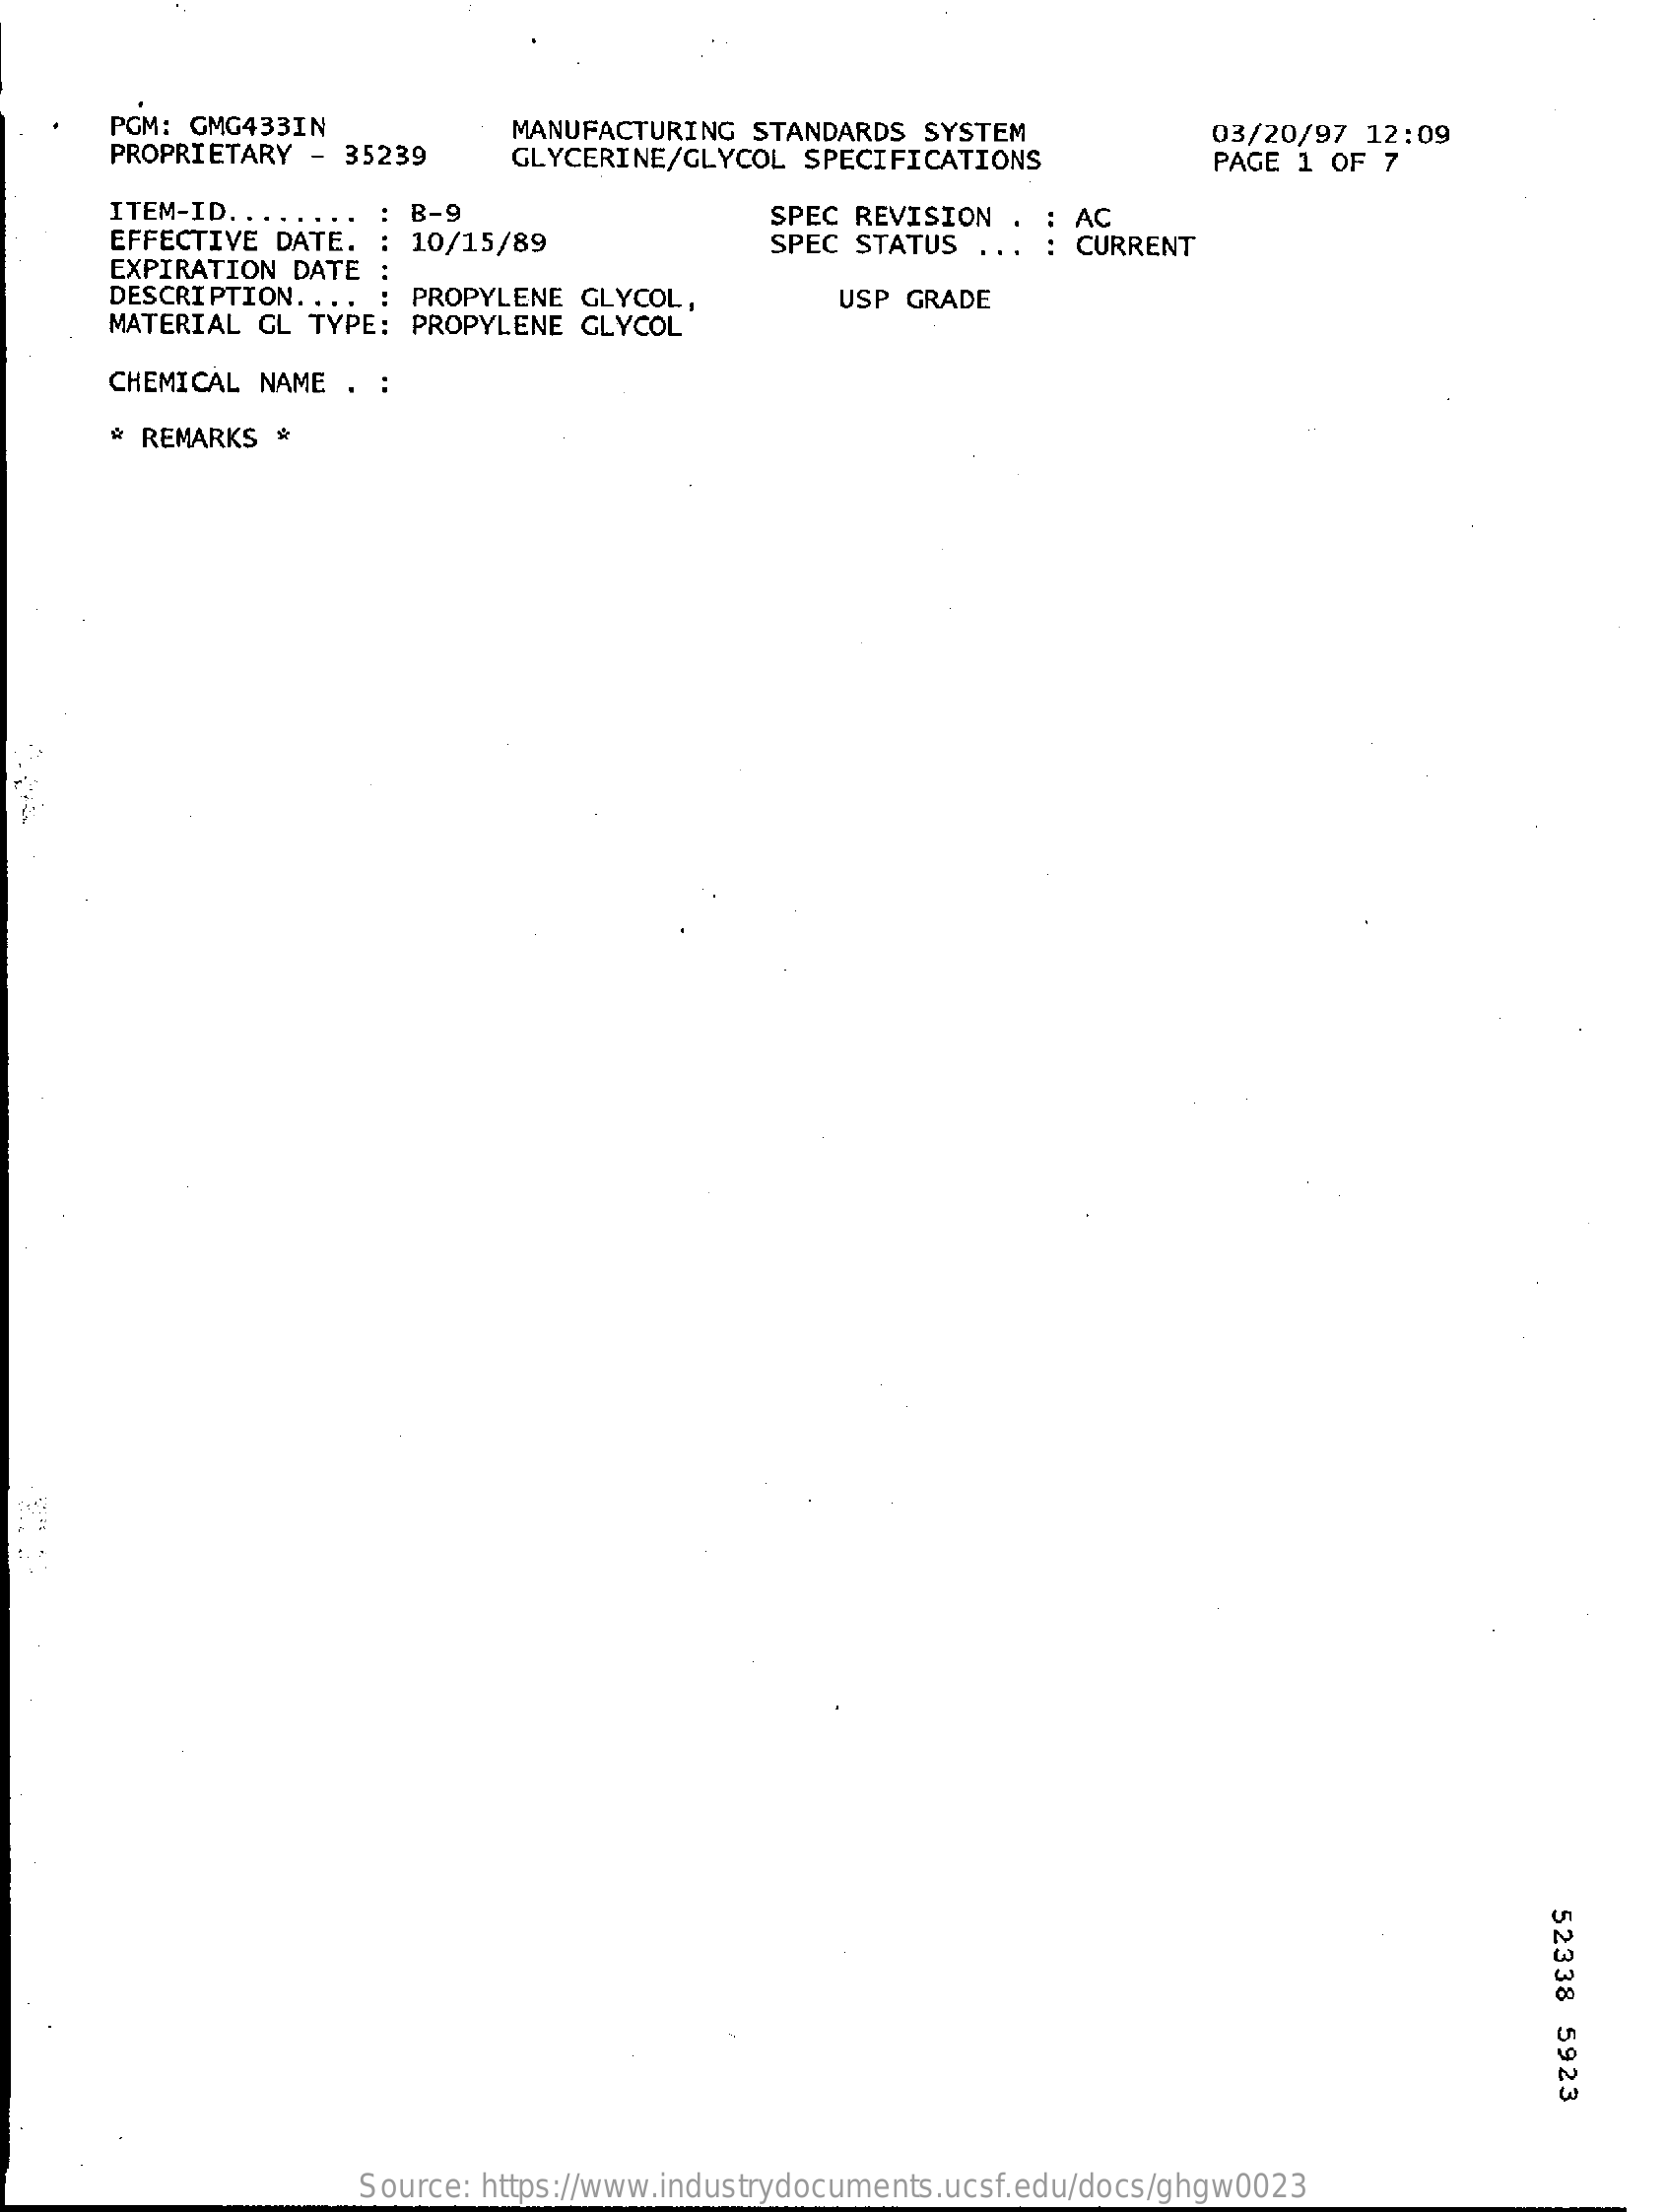
PGM: GMG433IN
     PROPRIETARY -  35239
     MANUFACTURING  STANDARDS  SYSTEM
     GLYCERINE/GLYCOL  SPECIFICATIONS
     03/20/97 12:09
     PAGE 1 OF 7
     ITEM-ID .......    B-9    SPEC REVISION  . : AC
     EFFECTIVE DATE.    10/15/89    SPEC STATUS  ...
     EXPIRATION DATE
     CURRENT
     DESCRIPTION. ... : PROPYLENE GLYCOL,
     MATERIAL GL TYPE:  PROPYLENE GLYCOL
     USP GRADE
     CHEMICAL NAME  . :
     * REMARKS *
     52338
     5923
     Source: https://www.industrydocuments.ucsf.edu/docs/ghgw0023